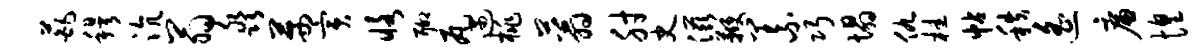
葩穆沆翁淼茜寅恪聊瓦遇桃蓊肘史滋鞭义巧塌仇桂帖秩遥廉惶